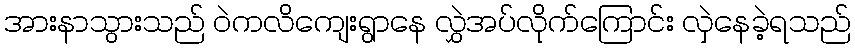
အားနာသွားသည် ဝဲကလိကျေးရွာနေ လွှဲအပ်လိုက်ကြောင်း လှဲနေခဲ့ရသည်